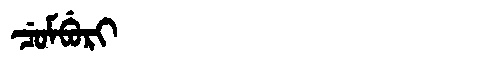
Manchu: ᠴᡠᠮᠪᡠᡵᡳ
Romanization: CUMBURI